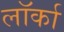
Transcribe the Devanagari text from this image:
लॉर्का